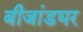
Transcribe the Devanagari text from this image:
बीजांडघर